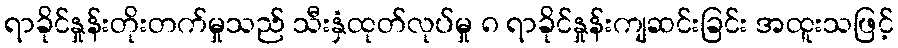
ရာခိုင်နှုန်းတိုးတက်မှုသည် သီးနှံထုတ်လုပ်မှု ၈ ရာခိုင်နှုန်းကျဆင်းခြင်း အထူးသဖြင့်